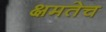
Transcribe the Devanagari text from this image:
क्षमतेच